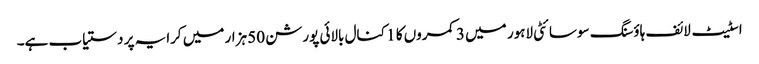
اسٹیٹ لائف ہاؤسنگ سوسائٹی لاہور میں 3 کمروں کا 1 کنال بالائی پورشن 50 ہزار میں کرایہ پر دستیاب ہے۔